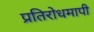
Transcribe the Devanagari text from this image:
प्रतिरोधमापी